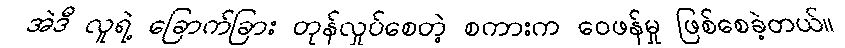
အဲဒီ လူရဲ့ ခြောက်ခြား တုန်လှုပ်စေတဲ့ စကားက ဝေဖန်မှု ဖြစ်စေခဲ့တယ်။